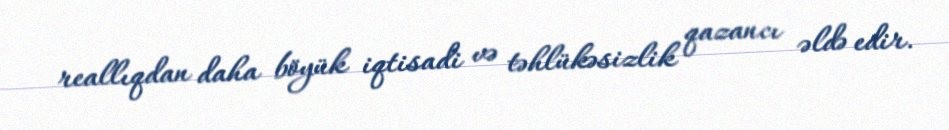
reallıqdan daha böyük iqtisadi və təhlükəsizlik qazancı əldə edir.